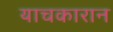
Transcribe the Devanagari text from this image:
याचकारान